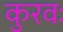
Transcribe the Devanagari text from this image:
कुरवः